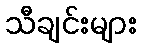
သီချင်းများ